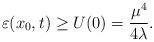
LaTeX: \begin{align*}\varepsilon (x_{0},t)\geq U(0)=\frac{\mu ^{4}}{4\lambda }.\end{align*}